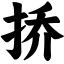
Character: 挢